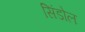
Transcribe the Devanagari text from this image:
सिंडोल